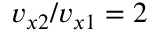
v _ { x 2 } / v _ { x 1 } = 2